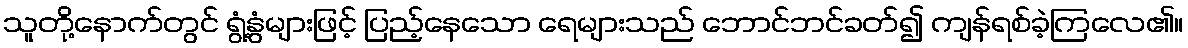
သူတို့နောက်တွင် ရွံ့နွံများဖြင့် ပြည့်နေသော ရေများသည် ဘောင်ဘင်ခတ်၍ ကျန်ရစ်ခဲ့ကြလေ၏။